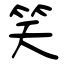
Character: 笑